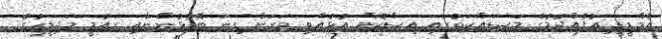
އެމްޑީޕީ އުފެއްދުމުގެ މަސައްކަތުގައި އިސްކޮށް އުޅުއްވި ވަރަށް ގިނަ ބޭފުޅުންނާއި ގައުމީ މަޖިލީހުގެ